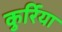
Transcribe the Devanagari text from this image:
कुर्रिया